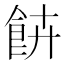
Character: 𩚰